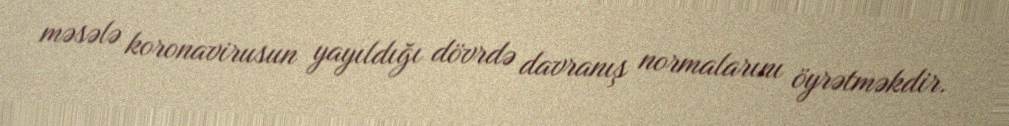
məsələ koronavirusun yayıldığı dövrdə davranış normalarını öyrətməkdir.